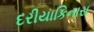
દરીયાકિનારા